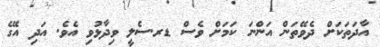
އާދަތަކަށް ދެވޭތަން އަންނަ ކަމަށް ވެސް ޑރ.ސެލީ ވިދާޅުވި އެވެ. އަދި އޭގެ